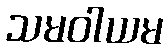
သမဝါယမ